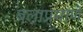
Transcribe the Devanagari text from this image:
बलाप्रमाणे